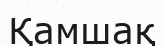
Қамшақ